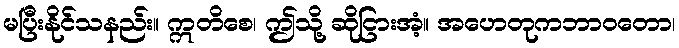
မပြီးနိုင်သနည်း။ ဣတိစေ၊ ဤသို့ ဆိုငြားအံ့။ အဟေတုကဘာဝတော၊